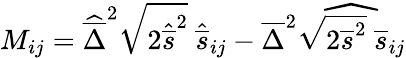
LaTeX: M_{ij}=\widehat{\overline{{\Delta}}}^{2}\sqrt{2\widehat{\overline{{s}}}^{2}}\ \widehat{\overline{{s}}}_{ij}-\overline{{\Delta}}^{2}\widehat{\sqrt{2\overline{{s}}^{2}}\ \overline{{s}}_{ij}}